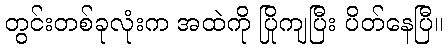
တွင်းတစ်ခုလုံးက အထဲကို ပြိုကျပြီး ပိတ်နေပြီ။